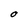
Character: O